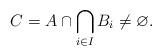
LaTeX: \begin{align*}C = A \cap \bigcap_{i\in I} B_i\neq \varnothing.\end{align*}